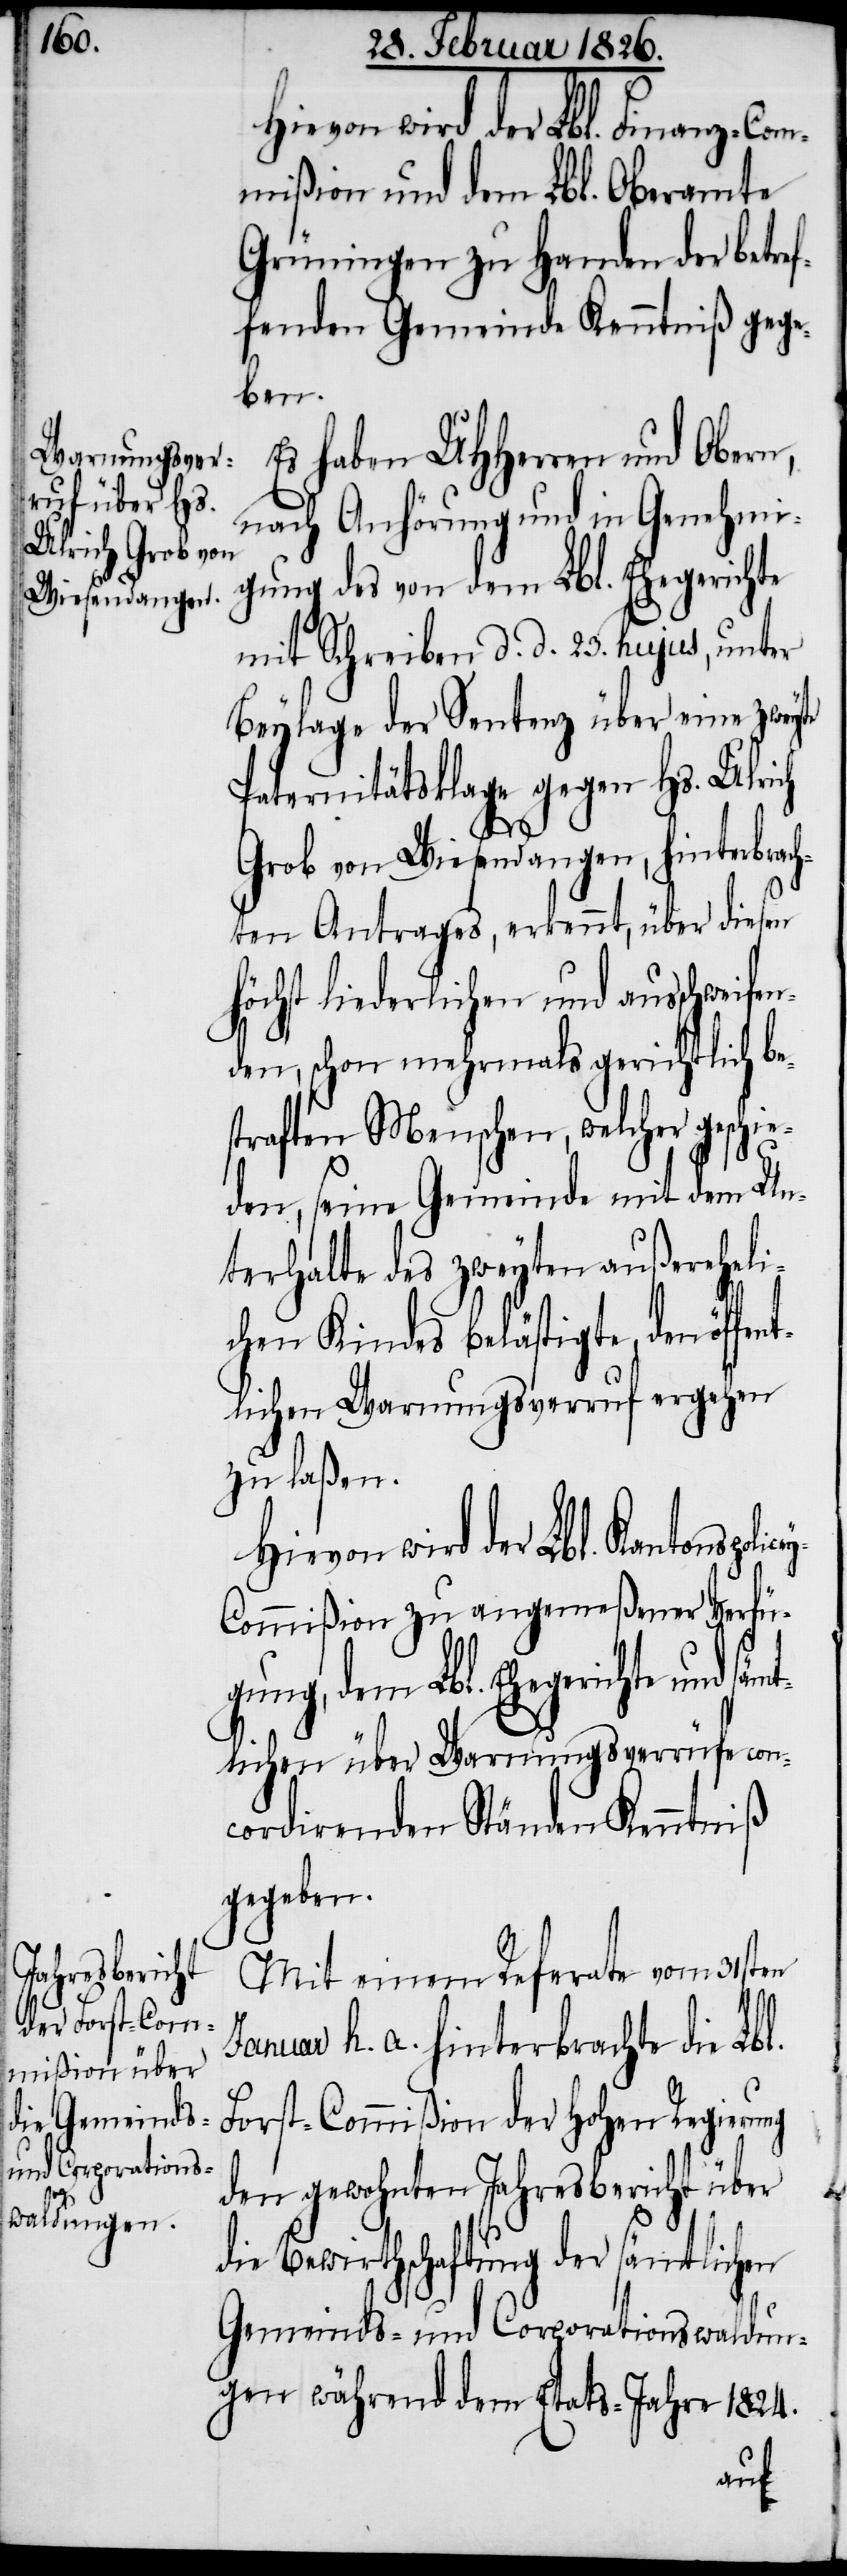
icey-C¬
säm¬

Hievon wird der Lbl. Finanz-Com¬
mißion und dem Lbl. Oberamte
Grüningen zu Handen der betref¬
fenden Gemeinde Kenntniß gege¬
ben.
Es haben UHHerren und Obern,
nach Anhörung und in Genehmi¬
gung des von dem Lbl. Ehegerichte
mit Schreiben d. d. 23. hujus, unter
Beylage der Sentenz über eine zweyte
Paternitätsklage gegen Hs. Ulrich
Grob von Wiesendangen, hinterbrac¬
hten Antrages, erkennt, über diesen
höchst liederlichen und ausschweife¬
nden, schon mehrmals gerichtlich be¬
straften Menschen, welcher geschie¬
den, seine Gemeinde mit dem Un¬
terhalte des zweyten außereheli¬
chen Kindes belästigte, den öffe¬
tlichen Warnungsverruf ergehen
zu laßen.
Hievon wird der Lbl. Kantonspol¬
ommißion zu angemeßener Verfü¬
gung, dem Lbl. Ehegerichte und
tlichen über Warnungsverrüfe con¬
cordirenden Ständen Kenntniß
gegeben.
Mit einem Referate vom 31sten
Januar h. a. hinterbrachte die Lbl.
Forst-Commißion der hohen Regierung
den gewohnten Jahresbericht über
die Bewirthschaftung der sämtlichen
Gemeinds- und Corporationswaldun¬
gen während dem Etats-Jahre 1824.